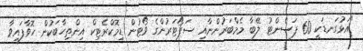
"އަޅުގަނޑަކީ 60 ޕަސެންޓު ލޭބާ މެމްބަރުންނާއި ސަޕޯޓަރުންގެ ވޯޓުން ޑިމޮކްރެޓިކް އިންތިހާބަކުން ހޮވާފައިވާ